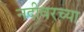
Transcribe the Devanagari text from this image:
नदीवरच्या